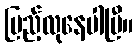
ပြည့်လုနေပါပြီ။